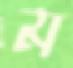
ম